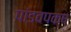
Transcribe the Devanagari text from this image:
पांडवपक्ष